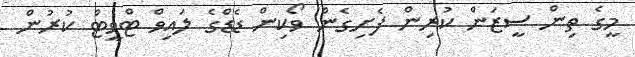
މީގެ ތިން ސީޒަން ކުރިން ފެށިގެން ވޯކިން ޑެޑްގެ ލައިވް ޓްވީޓް ކުރުން